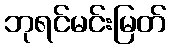
ဘုရင်မင်းမြတ်